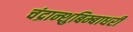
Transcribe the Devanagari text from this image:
चंद्रान्शुबिम्बाधरी